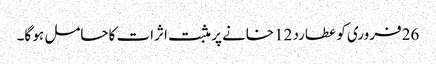
26فروری کو عطارد 12خانے پر مثبت اثرات کاحامل ہو گا۔